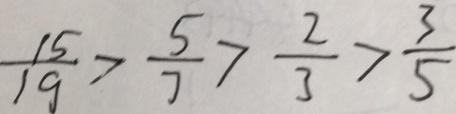
\frac { 1 5 } { 1 9 } > \frac { 5 } { 7 } > \frac { 2 } { 3 } > \frac { 3 } { 5 }